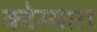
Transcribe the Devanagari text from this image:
कोम्यात